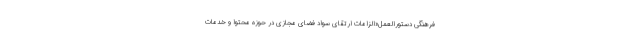
فرهنگی دستورالعمل«الزامات ارتقای سواد فضای مجازی در حوزه محتوا و خدمات